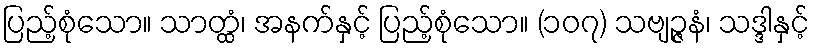
ပြည့်စုံသော။ သာတ္ထံ၊ အနက်နှင့် ပြည့်စုံသော။ (၁၀၇) သဗျဉ္ဇနံ၊ သဒ္ဒါနှင့်